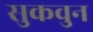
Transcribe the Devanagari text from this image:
सुकवुन